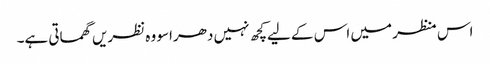
اس منظر میں اس کے لیےکچھ نہیں دھراسو وہ نظریں گھماتی ہے۔